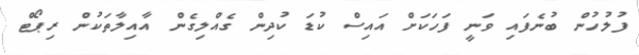
ފުލުހުން ބުނެފައި ވަނީ ފަހަކަށް އައިސް ކުޑަ ކުދިން ގެއްލިގެން އާއިލާތަކުން ރިޕޯޓް